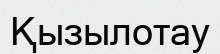
Қызылотау